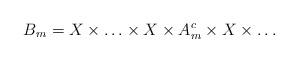
LaTeX: \begin{align*}B_m = X \times \ldots \times X \times A_m^{c} \times X \times \ldots \end{align*}